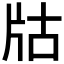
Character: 𤖲